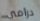
درامي